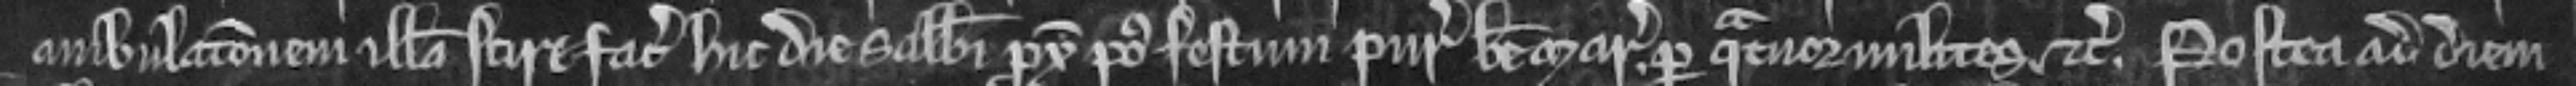
ambulacionem illam scire faciat hic die sabbati proxima post festum Purificacionis Beate Marie per quatuor milites etc. Postea ad diem